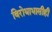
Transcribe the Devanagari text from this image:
विरोधाभासीही